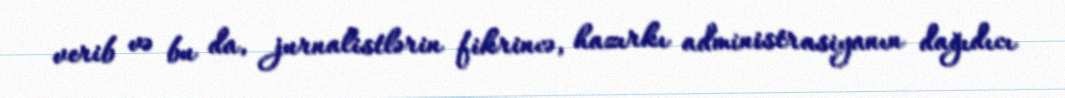
verib və bu da, jurnalistlərin fikrincə, hazırkı administrasiyanın dağıdıcı